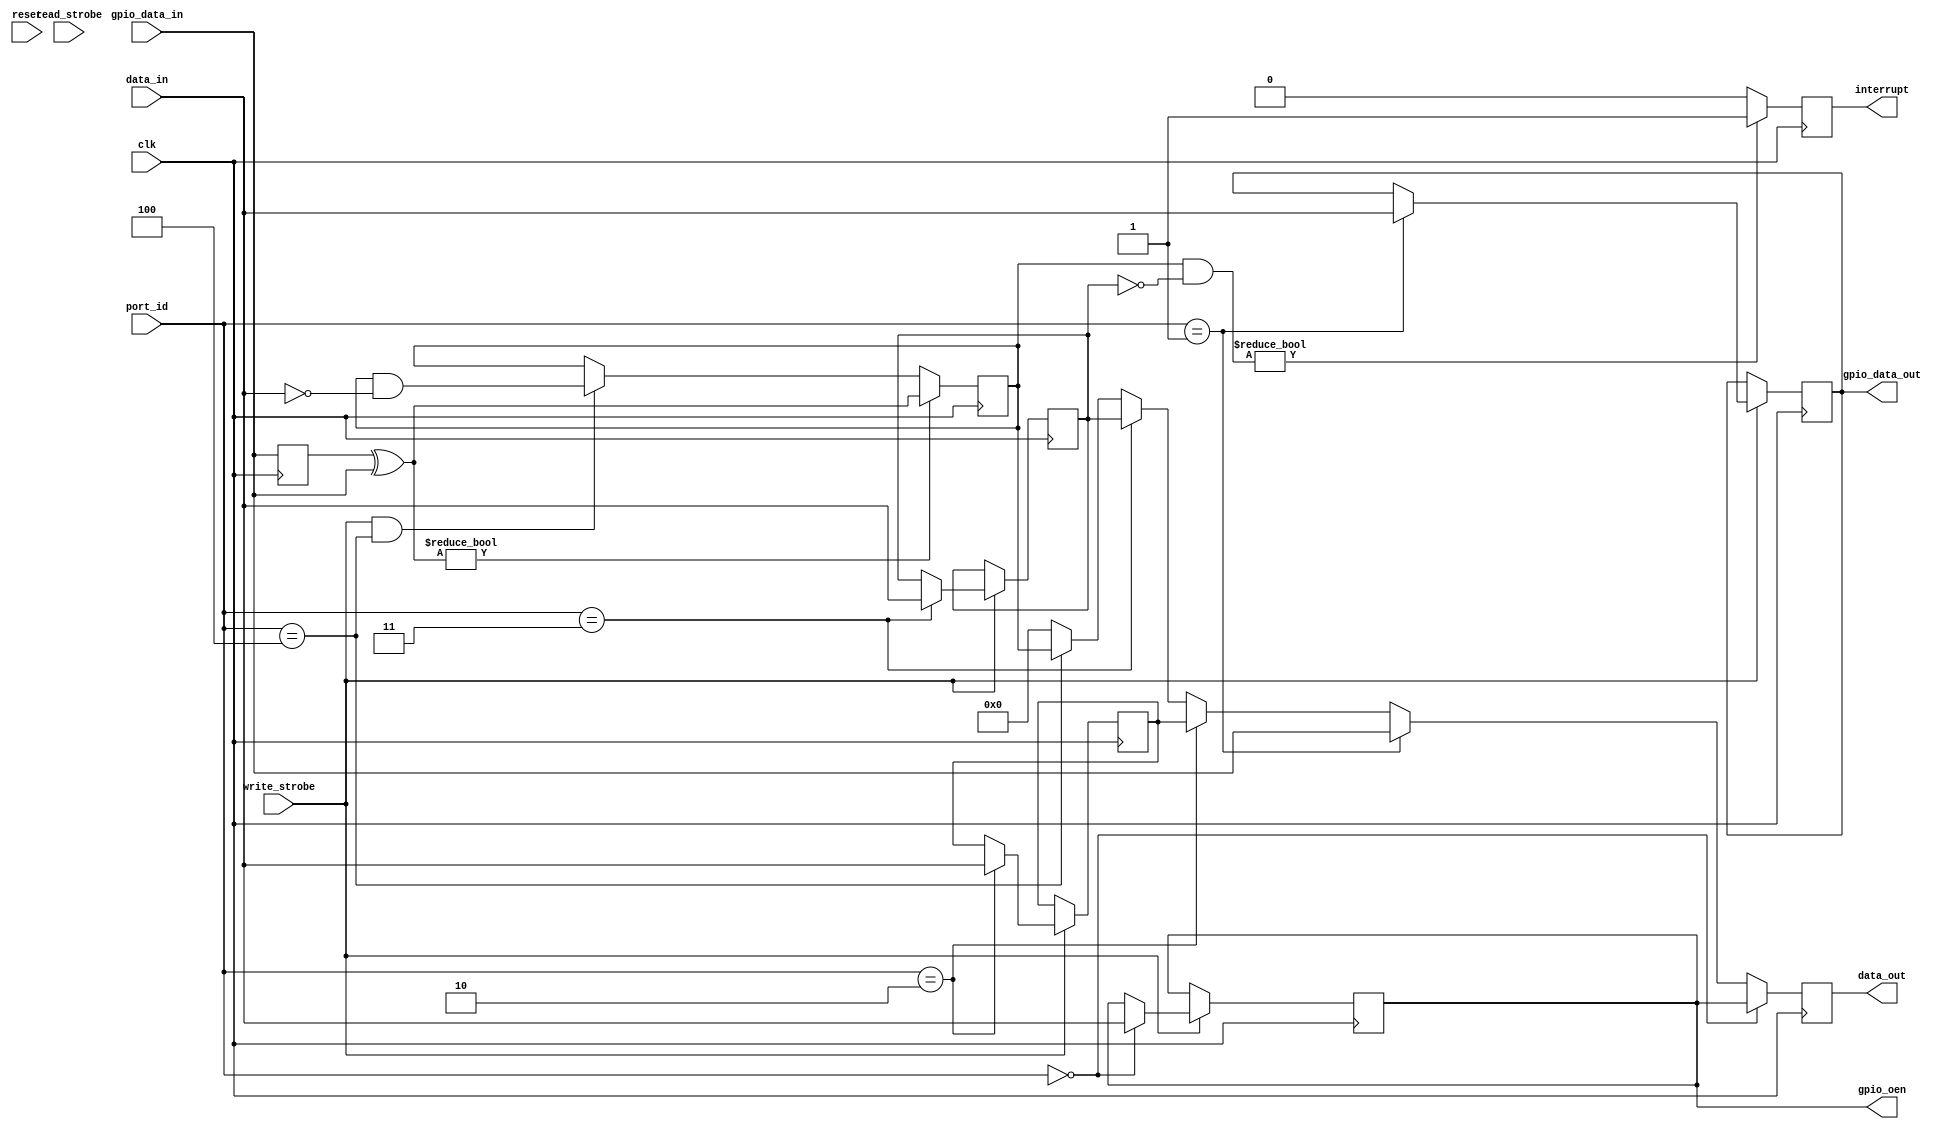
module gpio_regs (/*AUTOARG*/
   // Outputs
   data_out, gpio_oen, gpio_data_out, interrupt,
   // Inputs
   clk, reset, port_id, data_in, read_strobe, write_strobe,
   gpio_data_in
   ) ;

   parameter GPIO_BASE_ADDRESS = 8'h00;   
   
   input clk;
   input reset;

   input [7:0]            port_id;
   input [7:0]            data_in;
   output [7:0]           data_out;
   input                  read_strobe;
   input                  write_strobe;   

   output [7:0]           gpio_oen;
   output [7:0]           gpio_data_out;
   input [7:0]            gpio_data_in;

   output                 interrupt;

   reg                    interrupt  = 0;
   reg [7:0]              data_out   = 8'h00; 
   
   
   reg [7:0]              gpio_oen      = 8'h00;
   reg [7:0]              gpio_data_out = 8'h00;
   reg [7:0]              gpio_control  = 8'h00;
   reg [7:0]              gpio_irq_mask = 8'hFF;
   reg [7:0]              gpio_irq      = 8'h00;
   
   
   //
   // Address Decode
   //
   wire                   gpio_oen_enable      = (port_id == (GPIO_BASE_ADDRESS + 0));
   wire                   gpio_data_in_enable  = (port_id == (GPIO_BASE_ADDRESS + 1));  //Read Only
   wire                   gpio_data_out_enable = (port_id == (GPIO_BASE_ADDRESS + 1));  //Write Only
   wire                   gpio_control_enable  = (port_id == (GPIO_BASE_ADDRESS + 2));
   wire                   gpio_irq_mask_enable = (port_id == (GPIO_BASE_ADDRESS + 3));
   wire                   gpio_irq_enable      = (port_id == (GPIO_BASE_ADDRESS + 4));
   

   //
   // GPIO Edge Change detection
   //
   reg [7:0]              gpio_data_in_previous = 1'b0;
   wire [7:0]             gpio_edge_detection = gpio_data_in_previous ^ gpio_data_in;
   always @(posedge clk) begin
      gpio_data_in_previous <= gpio_data_in;      
   end
         
   //
   // If a positive edge is happening, capture it as a possible interrupt
   // Must write a 1 to the bit to clear it
   //
   always @(posedge clk)
     if (gpio_edge_detection) begin
        gpio_irq <= gpio_edge_detection;        
     end else if (write_strobe & gpio_irq_enable) begin
        gpio_irq <= gpio_irq & ~data_in;        
     end
   
   //
   // Interrupt logic -- capture positive edge and mask bit is clear
   //

   always @(posedge clk)
     if (gpio_irq & ~gpio_irq_mask) begin
        interrupt <= 1'b1;        
     end else begin
        interrupt <= 1'b0;        
     end
   
   //
   // Register Writing
   //
   always @(posedge clk)
     if (write_strobe == 1'b1) begin
        if (gpio_oen_enable) begin
           gpio_oen <= data_in;           
        end

        if (gpio_data_out_enable) begin
           gpio_data_out <= data_in;           
        end

        if (gpio_control_enable) begin
           gpio_control <= data_in;           
        end        

        if (gpio_irq_mask_enable) begin
           gpio_irq_mask <= data_in;           
        end 
        
     end

   //
   // Register Reading
   //
   always @(posedge clk) begin

//      if (read_strobe) begin
         
         if (gpio_oen_enable) begin
            data_out <= gpio_oen;           
         end
         
         else if (gpio_data_out_enable) begin
            data_out <= gpio_data_in;           
         end
         
         else if (gpio_control_enable) begin
            data_out <= gpio_control;           
         end

         else if (gpio_irq_mask_enable) begin
            data_out <= gpio_irq_mask;           
         end
         
         else if (gpio_irq_enable) begin
            data_out <= gpio_irq;           
         end
         
         else begin
            data_out <= 8'h00;            
         end
         
//      end // if (read_strobe)
   end // always @ (posedge clk)

 
   
endmodule